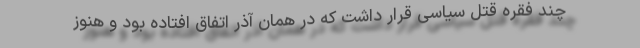
چند فقره قتل سیاسی قرار داشت که در همان آذر اتفاق افتاده بود و هنوز